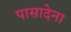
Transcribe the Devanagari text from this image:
पासादेना